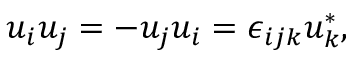
u _ { i } u _ { j } = - u _ { j } u _ { i } = \epsilon _ { i j k } u _ { k } ^ { * } ,